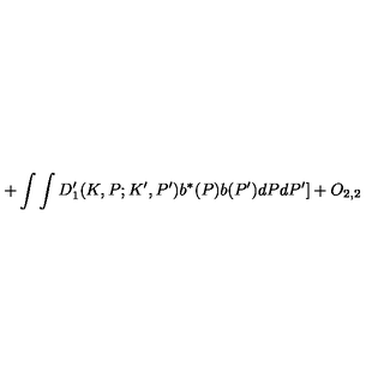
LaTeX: + \int \int D _ { 1 } ^ { \prime } ( K , P ; K ^ { \prime } , P ^ { \prime } ) b ^ { \ast } ( P ) b ( P ^ { \prime } ) d P d P ^ { \prime } ] + O _ { 2 , 2 }